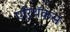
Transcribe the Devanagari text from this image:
एरिथॅकस